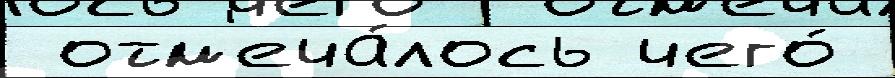
 отм'еча́лось чего́